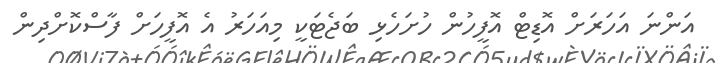
އަންނަ އަހަރަށް އޮޑިޓް އޮފީހުން ހުށަހެޅި ބަޖެޓަކީ މިއަހަރު އެ އޮފީހަށް ފާސްކޮށްދިން